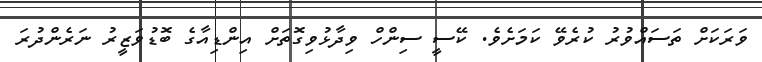
ވަރަކަށް ތަސައްވުރު ކުރެވޭ ކަމަށެވެ. ކޭސީ ސިންހް ވިދާޅުވިގޮތަށް އިންޑިއާގެ ބޮޑުވަޒީރު ނަރެންދުރަ